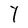
Character: Y